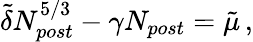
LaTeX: \begin{array}{r}{\tilde{\delta}N_{post}^{5/3}-\gamma N_{post}=\tilde{\mu}\, ,}\end{array}